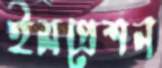
ইমপ্রেশন